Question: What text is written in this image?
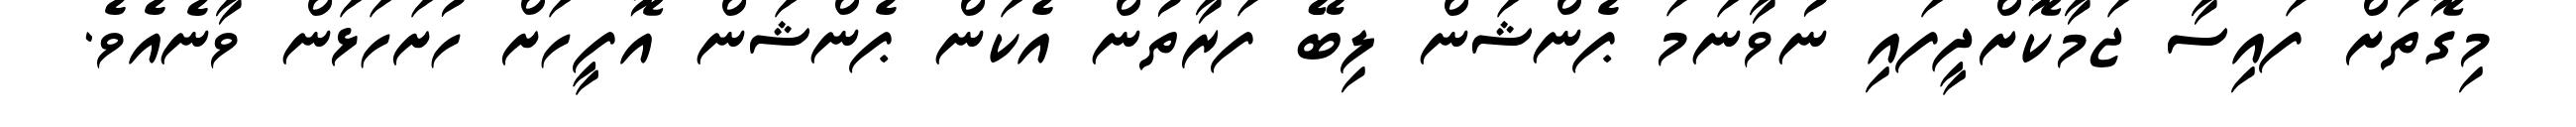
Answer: މިގޮތަށް ފައިސާ ޖަމާކޮށްދީފައި ނުވާނަމަ ޕެންޝަން ލިބޭ ފަރާތުން އެކަން ޕެންޝަން އޮފީހަށް ހުށަހަޅަން ވާނެއެވެ.